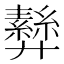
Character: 𢍵